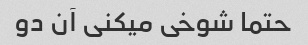
حتما شوخی میکنی آن دو